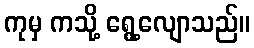
ကုမှ ကသို့ ရွေ့လျောသည်။